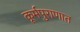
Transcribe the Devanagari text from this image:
कूर्मपुराणात